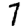
Digit: 7